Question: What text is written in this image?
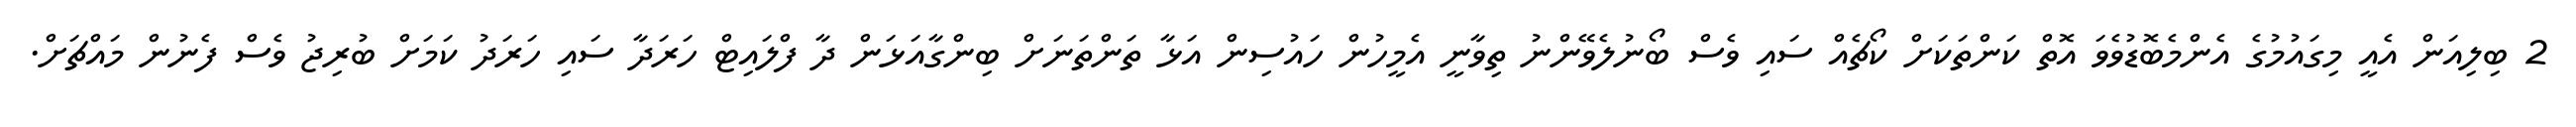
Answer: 2 ބިލިއަން އެއީ މިގައުމުގެ އެންމެބޮޑުވެވަ އޮތް ކަންތަކަށް ކޯޗެއް ސައި ވެސް ބޯނުލެވޭންނު ތިވާނީ އެމީހުން ހައުސިން އަޅާ ތަންތަނަށް ބިންގާއަޅަން ދާ ފްލައިޓް ހަރަދާ ސައި ހަރަދު ކަމަށް ބުރިޖު ވެސް ފެނުން މައްޗަށް.